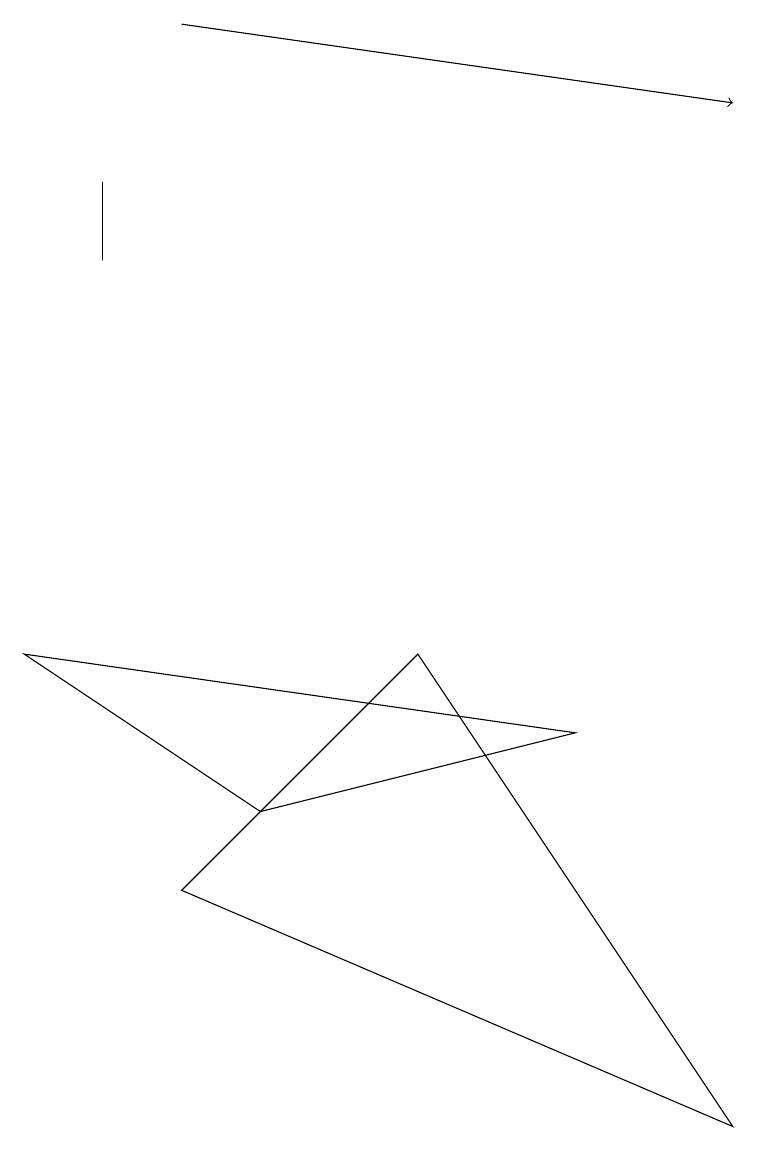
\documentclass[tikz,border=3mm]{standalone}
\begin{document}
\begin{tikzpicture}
\draw (1,12) rectangle (1,13);
\draw[->] (2,15) -- (9,14);
\draw (0,7) -- (3,5) -- (7,6) -- cycle;
\draw (9,1) -- (2,4) -- (5,7) -- cycle;
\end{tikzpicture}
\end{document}